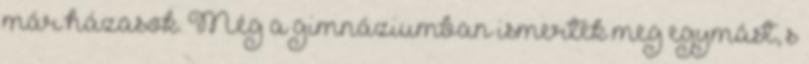
már házasok. Még a gimnáziumban ismerték meg egymást, s